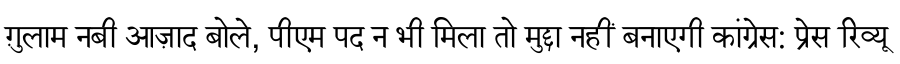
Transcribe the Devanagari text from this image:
ग़ुलाम नबी आज़ाद बोले, पीएम पद न भी मिला तो मुद्दा नहीं बनाएगी कांग्रेस: प्रेस रिव्यू